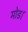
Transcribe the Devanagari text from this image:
मोड।